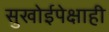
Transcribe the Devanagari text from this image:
सुखोईपेक्षाही